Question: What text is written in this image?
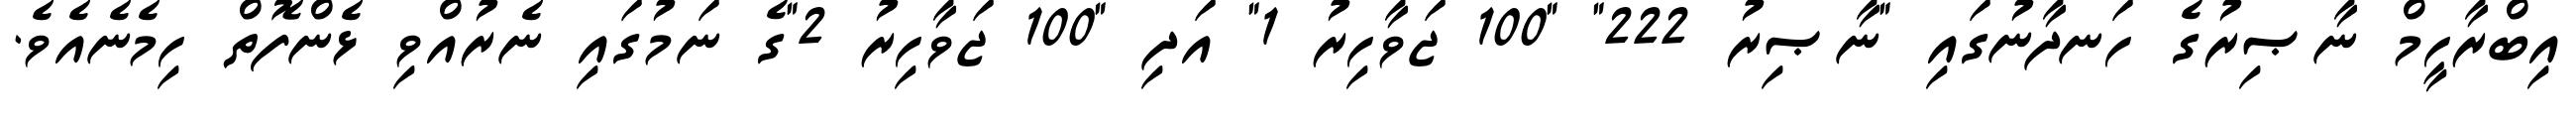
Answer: އިބްރާހީމް ނާޞިރުގެ ހަނދާނުގައި "ނާޞިރު 222" "100 ޖަވާހިރު 1" އަދި "100 ޖަވާހިރު 2"ގެ ނަމުގައި ނެރުއްވި ޅެންފޮތް ހިމެނެއެވެ.